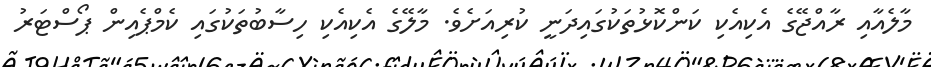
މާލެއާއި ރާއްޖޭގެ އެކިއެކި ކަންކޮޅުތަކުގައިދަނީ ކުރިއަށެވެ. މާލޭގެ އެކިއެކި ހިސާބުތަކުގައި ކެމްޕެއިން ޕޯސްޓަރު